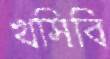
খসিবি